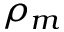
\rho _ { m }